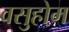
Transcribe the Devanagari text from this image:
वसुहोम